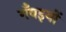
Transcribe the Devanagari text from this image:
गँवइयों